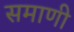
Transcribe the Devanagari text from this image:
समाणी